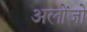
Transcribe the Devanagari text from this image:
अलोंजो